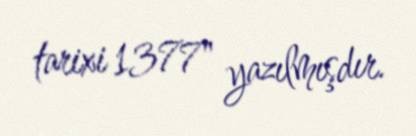
tarixi 1377" yazılmışdır.